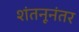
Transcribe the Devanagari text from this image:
शंतनूनंतर